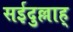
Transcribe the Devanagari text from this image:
सईदुल्लाह्